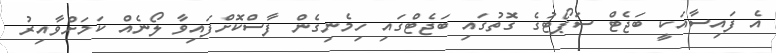
އެ ފައިސާއަކީ ބަޖެޓް ސަޕޯޓުގެ ގޮތުގައި ބަޖެޓްގައި ހިމެނިގެން ފާސްކޮށްފައިވާ ލޯނެއް ކަމަށްވާއިރު